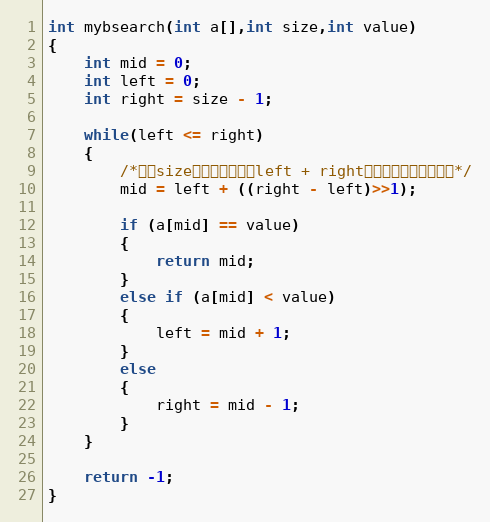
Language: C
int mybsearch(int a[],int size,int value)
{
	int mid = 0;
	int left = 0;
	int right = size - 1;

	while(left <= right)
	{
		/*防止size数量太大是，（left + right）数据翻转，导致问题*/
		mid = left + ((right - left)>>1);

		if (a[mid] == value)
		{
			return mid;
		}
		else if (a[mid] < value)
		{
			left = mid + 1;
		}
		else
		{
			right = mid - 1;
		}
	}

	return -1;
}